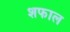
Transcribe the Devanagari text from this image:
शफाल